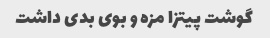
گوشت پیتزا مزه و بوی بدی داشت